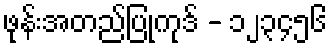
ဖုန်းအတည်ပြုကုဒ် - ၁၂၃၄၅၆